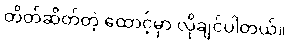
တိတ်ဆိတ်တဲ့ ထောင့်မှာ လိုချင်ပါတယ်။